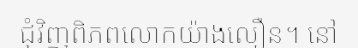
ជុំវិញពិភពលោកយ៉ាងលឿន។ នៅ